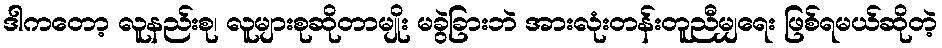
ဒါကတော့ လူနည်းစု၊ လူများစုဆိုတာမျိုး မခွဲခြားဘဲ အားလုံးတန်းတူညီမျှရေး ဖြစ်ရမယ်ဆိုတဲ့